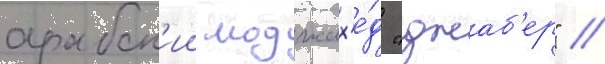
арабск'ии моджах'е́д "джаб'ер" //